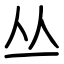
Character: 丛